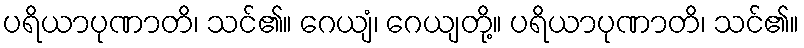
ပရိယာပုဏာတိ၊ သင်၏။ ဂေယျံ၊ ဂေယျတို့။ ပရိယာပုဏာတိ၊ သင်၏။